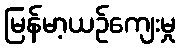
မြန်မာ့ယဉ်ကျေးမှု